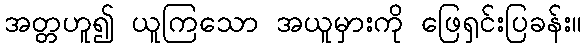
အတ္တဟူ၍ ယူကြသော အယူမှားကို ဖြေရှင်းပြခန်း။